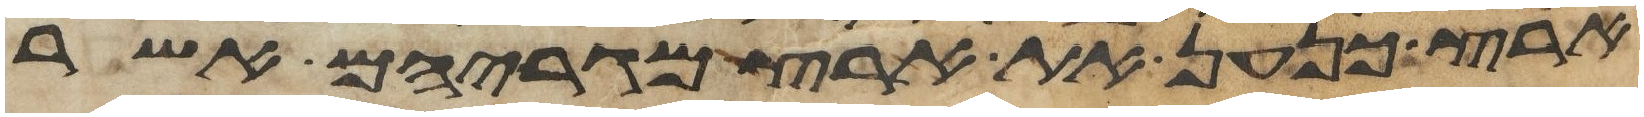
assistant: ארץ כנען את ארץ מגריהם אשר